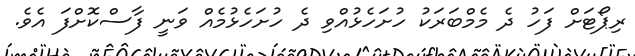
ރިޕޯޓަށް ފަހު ދެ މެމްބަރަކު ހުށަހެޅުއްވި ދެ ހުށަހެޅުމެއް ވަނީ ފާސްކޮށްފަ އެވެ.